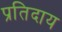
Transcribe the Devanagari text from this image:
प्रतिदाय